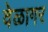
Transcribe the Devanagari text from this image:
वेळागर